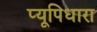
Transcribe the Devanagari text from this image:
प्यूपिधारा